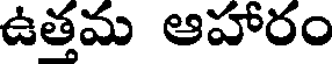
ఉత్తమ ఆహారం